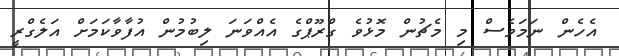
އެހެން ނަމަވެސް މި މެޗުން މޮޅުވެ ގްރޫޕްގެ އެއްވަނަ ލިބުމުން އުފާވާކަމަށް އަލެގްރީ